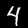
Digit: 4